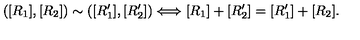
( [ R _ { 1 } ] , [ R _ { 2 } ] ) \sim ( [ R _ { 1 } ^ { \prime } ] , [ R _ { 2 } ^ { \prime } ] ) \Longleftrightarrow [ R _ { 1 } ] + [ R _ { 2 } ^ { \prime } ] = [ R _ { 1 } ^ { \prime } ] + [ R _ { 2 } ] .